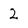
Character: 2